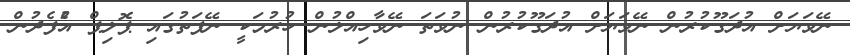
ނޭވަޔަށް އުދަގޫކުރުން ނޭވަޔަށް އުދަގޫކުރުން ނުވަތަ ނޭވާހިއްލުން ހުރުމަކީ ނޭފަތުގައި ޕޮލިޕް އުެފެދުން